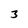
Character: 3